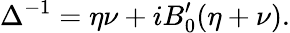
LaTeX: \Delta^{-1}=\eta\nu+iB_{0}^{\prime}(\eta+\nu).